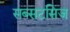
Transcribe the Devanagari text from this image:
सब्सटसिज